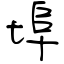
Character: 埠